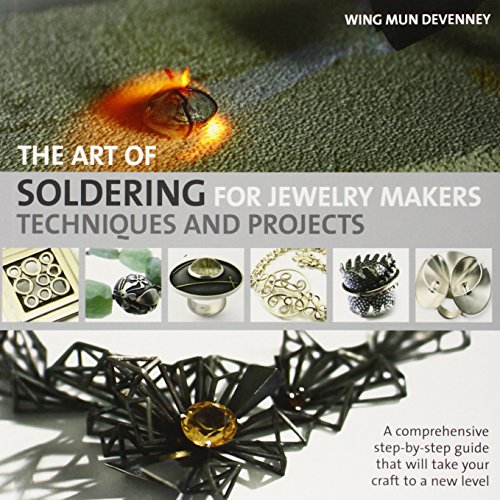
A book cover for The Art of Soldering for Jewelry Makers: Techniques and Projects; Wing Mun DeVenney; Crafts, Hobbies & Home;